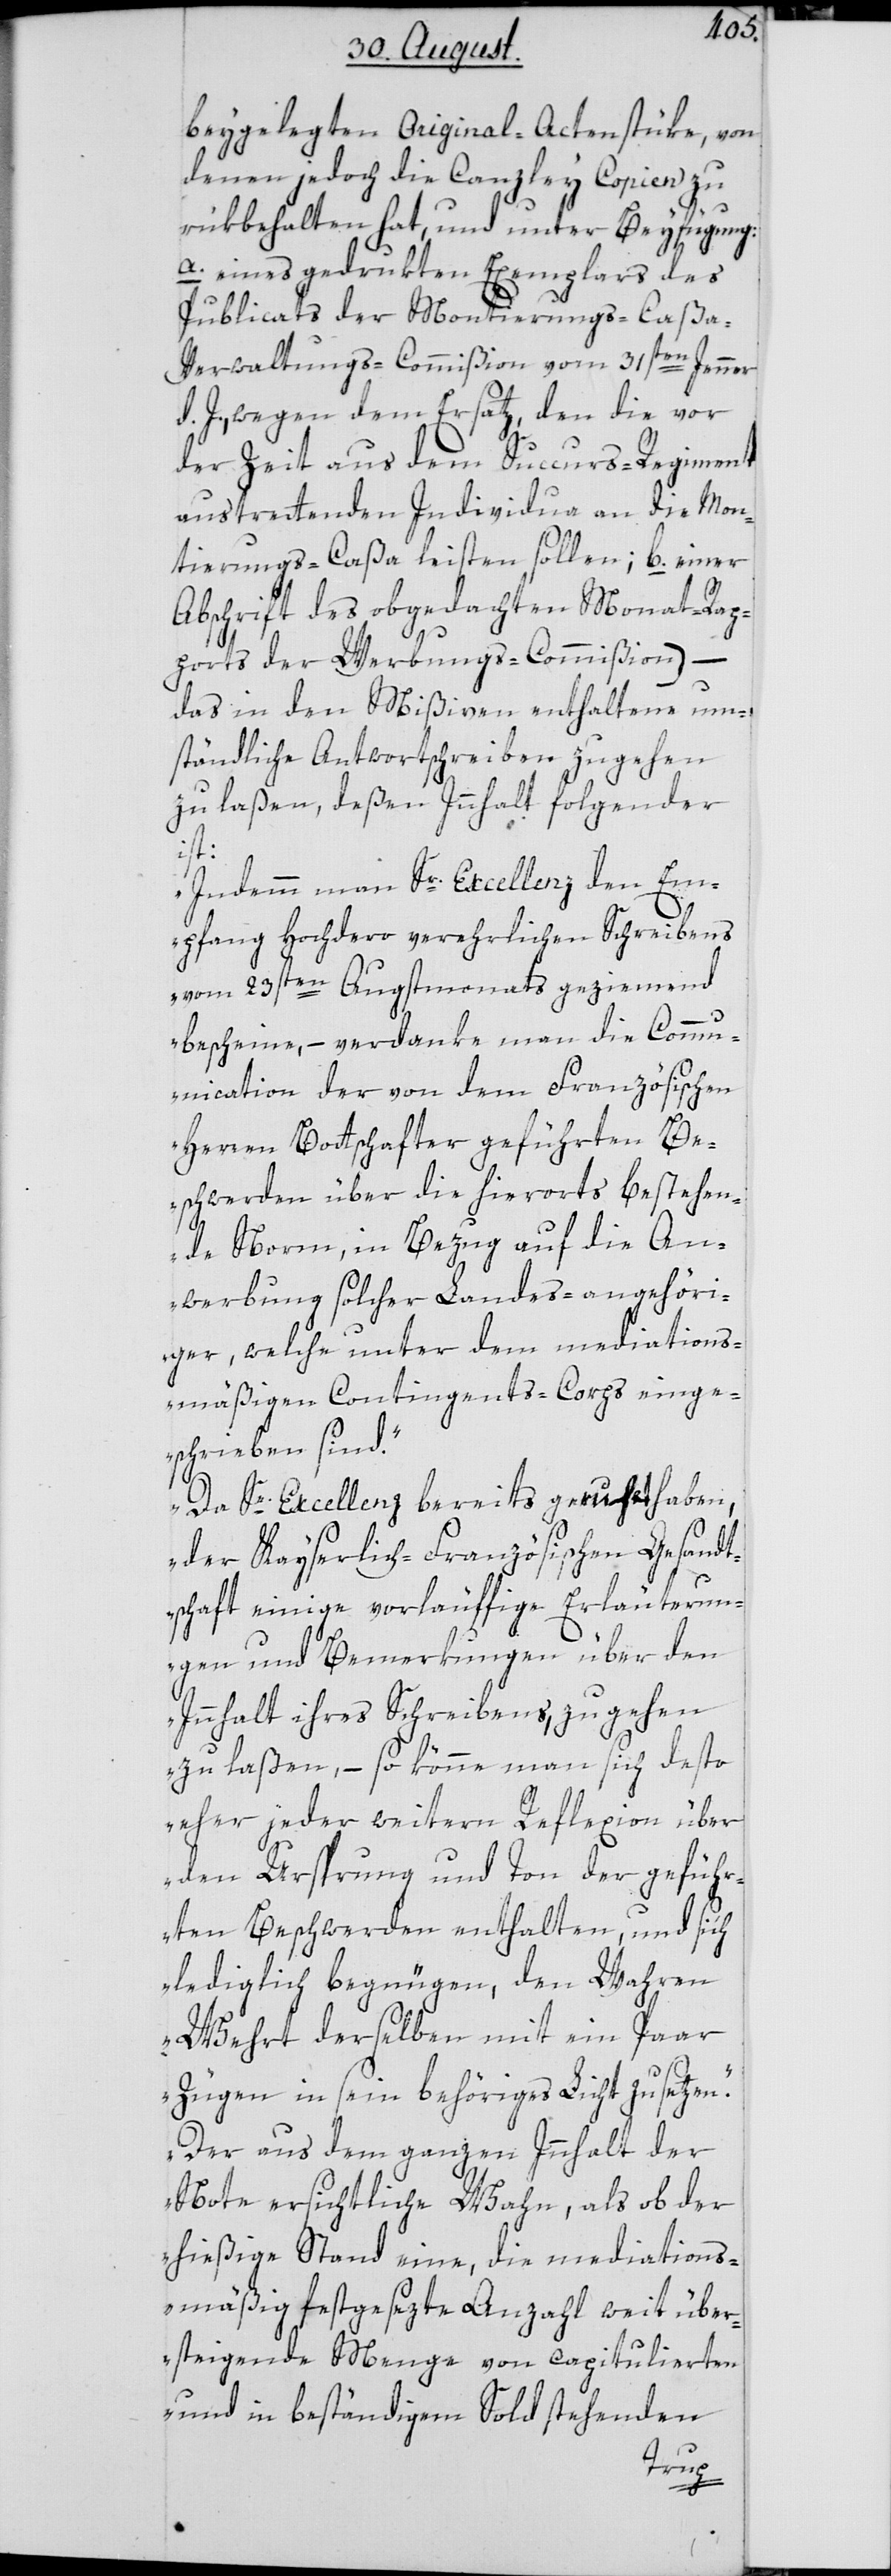
beygelegten Original-Actenstüke, von
denen jedoch die Canzley Copien zu¬
rükbehalten hat, und unter Beyfügung:
a. eines gedrukten Exemplars des
Publicats der Montierungs-Caß¬
a-Verwaltungs-Commißion vom 31sten Jenner
d. J., wegen dem Ersatz, den die vor
b.
der Zeit aus dem Succurs-Regiment
austrettenden Individua an die Mon¬
tierungs-Caßa leisten sollen;
Abschrift des obgedachten Monat-Rap¬
ports der Werbungs-Commißion) –
das in den Mißiven enthaltene um¬
ständliche Antwortschreiben zugehen
zu laßen, deßen Innhalt folgender
ist:
„Indemm man Sr. Excellenz den Em¬
pfang Hochdero verehrlichen Schreibens
vom 23sten Augstmonats geziemend
bescheine, – verdanke man die Comm¬
unication der von dem Französischen
Herren Bottschafter geführten Be¬
schwerden über die hierorts bestehen¬
de Norm, in Bezug auf die An¬
werbung solcher Landes-angehöri¬
ger, welche unter dem mediations¬
mäßigen Contingents-Corps einge¬
schrieben sind.
Da Se. Excellenz bereits geruht haben,
der Kayserlich-Französischen Gesandt¬
schaft einige vorläuffige Erläuterun¬
gen und Bemerkungen über den
Innhalt ihres Schreibens, zugehen
zu laßen, – so könne man sich desto
eher jeder weiteren Reflexion über
den Ursprung und Ton der geführ¬
ten Beschwerden enthalten, und sich
lediglich begnügen, den Wahren
Werth derselben mit ein Paar
Zügen in sein behöriges Licht zu setzen.
Der aus dem ganzen Innhalt der
Note ersichtliche Wahn, als ob der
hießige Stand eine, die mediations¬
mäßig festgesezte Anzahl weit über¬
steigende Menge von capitulierten
und in beständigem Sold stehenden
einer